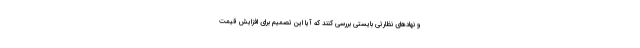
و نهادهای نظارتی بایستی بررسی کنند که آیا این تصمیم برای افزایش قیمت